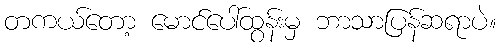
တကယ်တော့ မောင်ပေါ်ထွန်းမှ ဘာသာပြန်ဆရာပဲ။